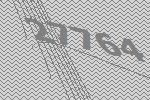
27764